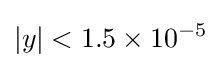
|y|<1.5\times 10^{-5}